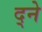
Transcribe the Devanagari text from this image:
द्ने